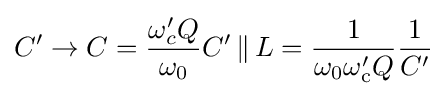
C'\to C={\frac {\omega _{c}'Q}{\omega _{0}}}C'\,\lVert \,L={\frac {1}{\omega _{0}\omega _{\text{c}}'Q}}{\frac {1}{C'}}